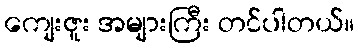
ကျေးဇူး အများကြီး တင်ပါတယ်။